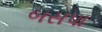
બસપા